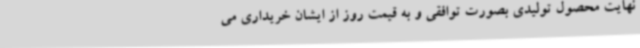
نهایت محصول تولیدی بصورت توافقی و به قیمت روز از ایشان خریداری می